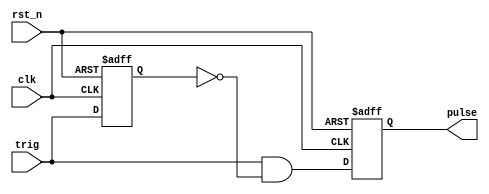
`timescale 1ns / 1ps
//////////////////////////////////////////////////////////////////////////////////
// Company: 
// Engineer: 
// 
// Design Name: 
// Module Name:    one_pulse 
// Project Name: 
// Target Devices: 
// Tool versions: 
// Description: 
//
// Dependencies: 
//
// Revision: 
// Revision 0.01 - File Created
// Additional Comments: 
//
//////////////////////////////////////////////////////////////////////////////////
module one_pulse(
  clk,    // clock input
  rst_n,  // active low reset
  trig,   // input trigger
  pulse   // output one pulse
);

input clk;     // clock input
input rst_n;   // active low reset
input trig;    // input trigger
output pulse;  // output one pulse 

wire pulse_next;
reg pulse; 
reg trig_delay;

assign pulse_next = trig & (~trig_delay);

always @(posedge clk or negedge rst_n)
  if (~rst_n)
    trig_delay <= 1'b0; 
  else
    trig_delay <= trig;

always @(posedge clk or negedge rst_n)
  if (~rst_n)
    pulse <= 1'b0;
  else
    pulse <= pulse_next;

endmodule